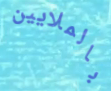
بالملايين